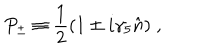
P _ { \pm } \equiv { \frac { 1 } { 2 } } ( 1 \pm i \gamma _ { 5 } \hat { n } ) \; ,